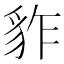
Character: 𧲮